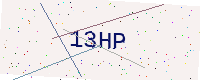
Text: 13HP